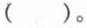
（ ）。